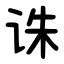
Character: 诛